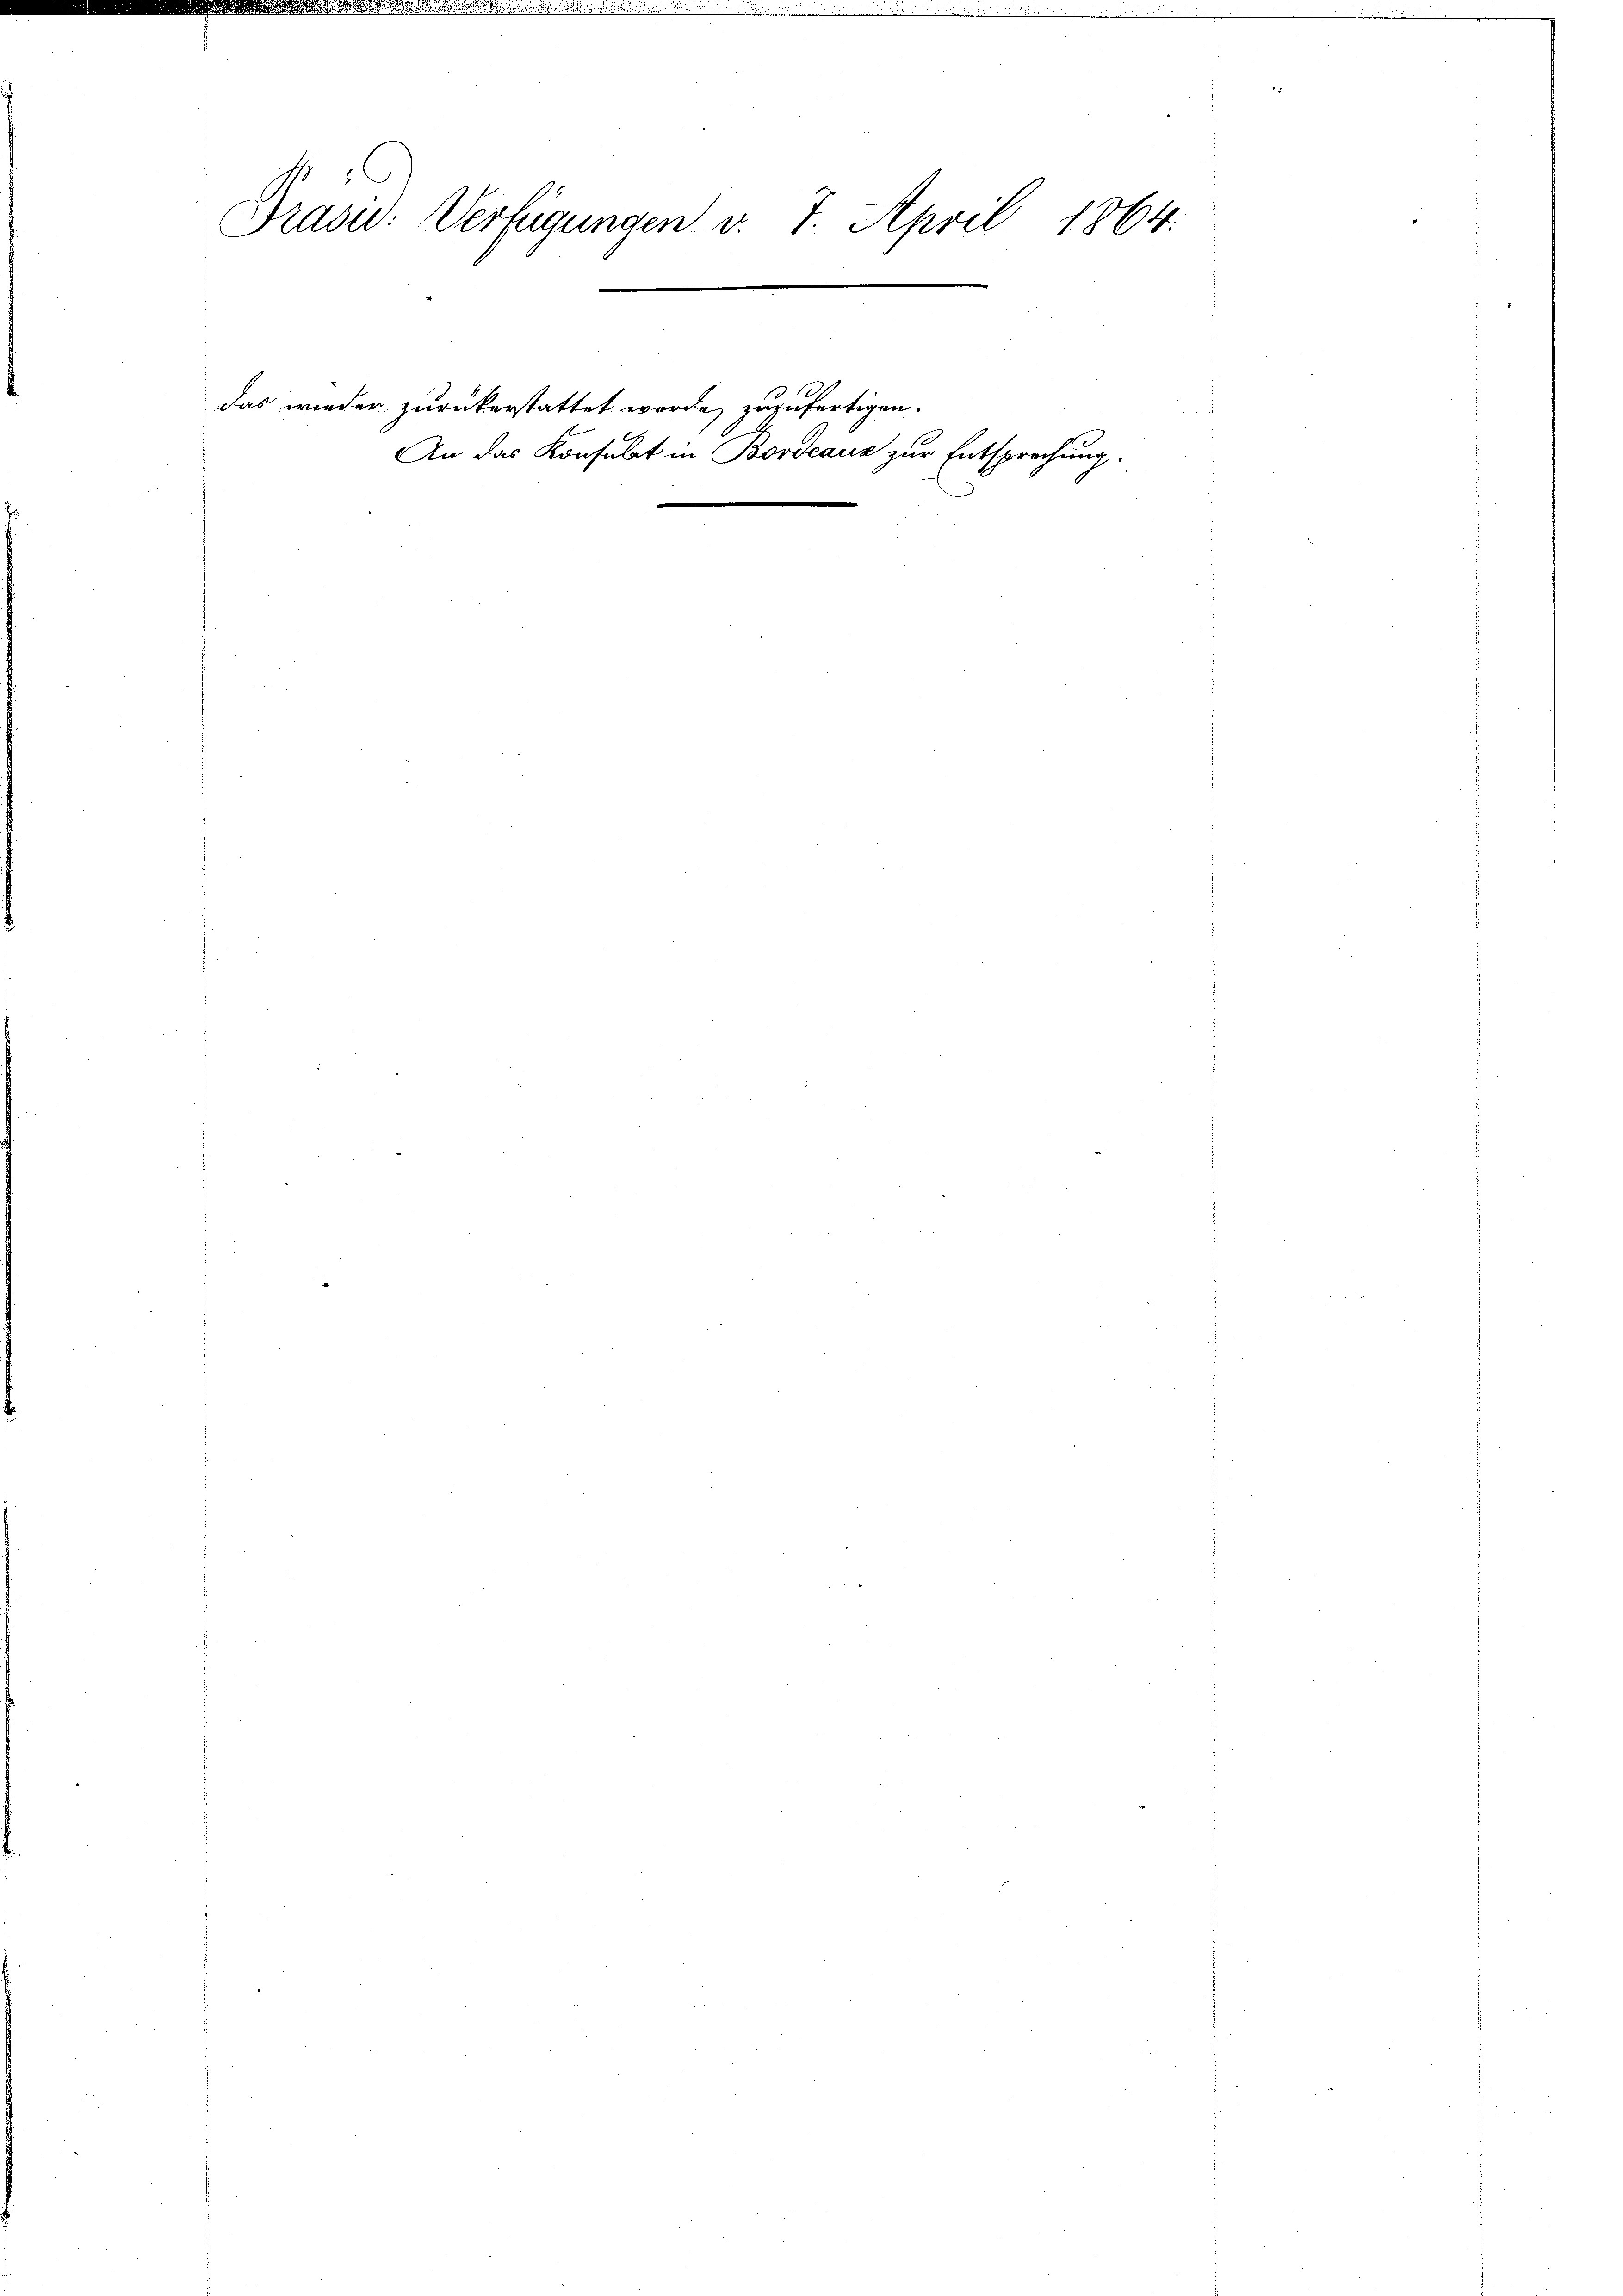
Präsid. Verfügungen v. 7. April 1864.

das wieder zurückerstattet werde, zuzufertigen.

An das Konsulat in Bordeaus zur Entsprechung.